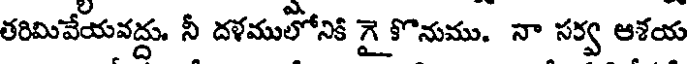
తరిమివేయవద్దు. నీ దళములోనికి గై కొనుము. నా సర్వ ఆశయ